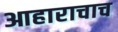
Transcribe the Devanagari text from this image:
आहाराचाच